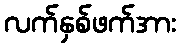
လက်နှစ်ဖက်အား